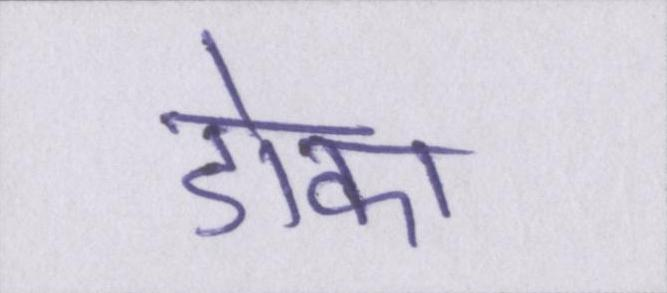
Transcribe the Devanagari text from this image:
डोका